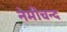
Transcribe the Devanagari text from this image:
नेमीचन्द